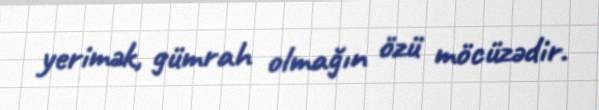
yerimək, gümrah olmağın özü möcüzədir.